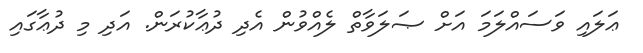
ޢަލައި ވަސައްލަމަ އަށް ޞަލަވާތް ލެއްވުން އެދި ދުޢާކުރަން. އަދި މި ދުޢާގައި